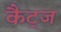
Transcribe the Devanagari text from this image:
कैट्ज